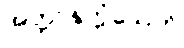
အတ္တာနုက္ကံသေတိ